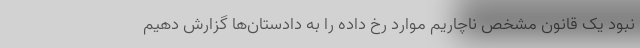
نبود یک قانون مشخص ناچاریم موارد رخ داده را به دادستان‌ها گزارش ‌دهیم